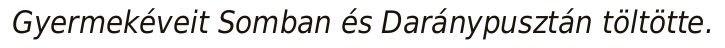
Gyermekéveit Somban és Daránypusztán töltötte.